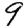
Digit: 9